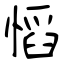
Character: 慆